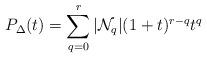
LaTeX: \begin{align*}P_\Delta (t)= \sum_{q=0}^r |\mathcal{N}_q| (1+t)^{r-q}t^q\end{align*}